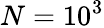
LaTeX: N=10^{3}